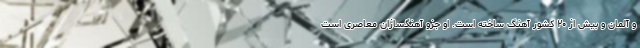
و آلمان و بیش از ۲۰ کشور آهنگ ساخته است. او جزو آهنگسازان معاصری است